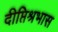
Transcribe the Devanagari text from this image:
दीप्तिश्रभास